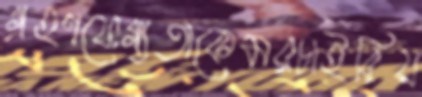
গ্রহণযোগ্যতাকেমরচাইরিয়